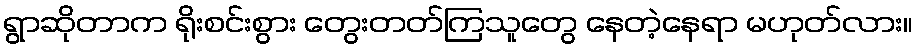
ရွာဆိုတာက ရိုးစင်းစွား တွေးတတ်ကြသူတွေ နေတဲ့နေရာ မဟုတ်လား။